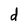
Character: d